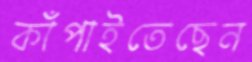
কাঁপাইতেছেন